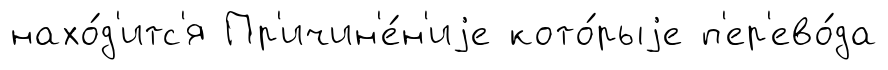
нахо́д'итс'я Пр'ичин'е́н'иjе кото́рыjе п'ер'ево́да